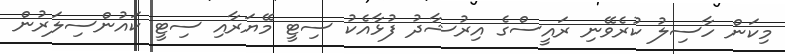
މިކަން ހާސިލު ކުރެވޭނި ރައީސްގެ އިރުޝާދު ފުޅާއެކު ސިޓީ މޭޔަރާއި ސިޓީ ކައުންސިލަރުން